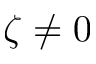
\zeta \neq 0